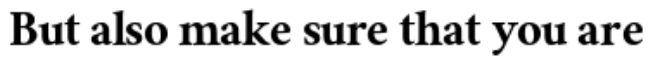
But also make sure that you are